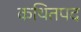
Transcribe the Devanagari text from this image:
कथितपद